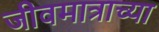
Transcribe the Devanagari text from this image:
जीवमात्राच्या